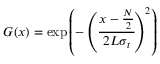
G ( x ) = \exp \left( - \left( { \cfrac { x - { \frac { N } { 2 } } } { 2 L \sigma _ { t } } } \right) ^ { 2 } \right)